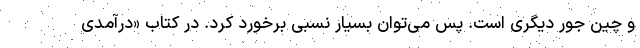
و چین جور دیگری است. پس می‌توان بسیار نسبی برخورد کرد. در کتاب «درآمدی